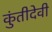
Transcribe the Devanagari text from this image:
कुंतीदेवी